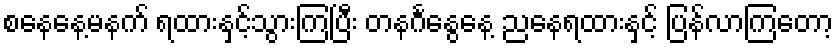
စနေနေ့မနက် ရထားနှင့်သွားကြပြီး တနင်္ဂနွေနေ့ ညနေရထားနှင့် ပြန်လာကြတော့